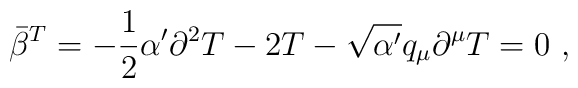
\bar{\beta}^T = - \frac{1}{2}\alpha'\partial^2 T - 2T - \sqrt{\alpha'}      q_{\mu}\partial^{\mu}T = 0 ~,